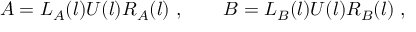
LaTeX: A = L _ { A } ( l ) U ( l ) R _ { A } ( l ) \ , \qquad B = L _ { B } ( l ) U ( l ) R _ { B } ( l ) \ ,